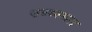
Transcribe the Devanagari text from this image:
उच्च्स्थल